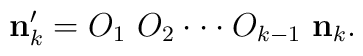
{\bf n}_k'=O_1~O_2\cdot\cdot \cdot O_{k-1}~{\bf n}_k.